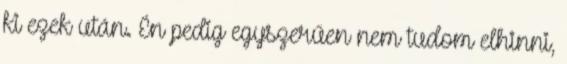
ki ezek után. Én pedig egyszerűen nem tudom elhinni,